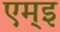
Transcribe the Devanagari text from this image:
एम्इ